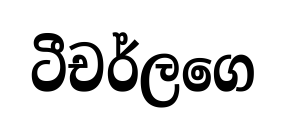
ටීචර්ලගෙ